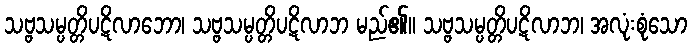
သဗ္ဗသမ္ပတ္တိပဋိလာဘော၊ သဗ္ဗသမ္ပတ္တိပဋိလာဘ မည်၏။ သဗ္ဗသမ္ပတ္တိပဋိလာဘ၊ အလုံးစုံသော